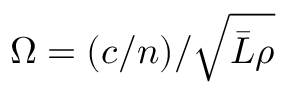
\Omega = ( c / n ) / \sqrt { \bar { L } \rho }